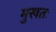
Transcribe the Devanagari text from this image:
मुखतः